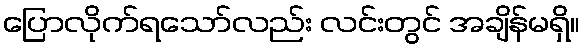
ပြောလိုက်ရသော်လည်း လင်းတွင် အချိန်မရှိ။